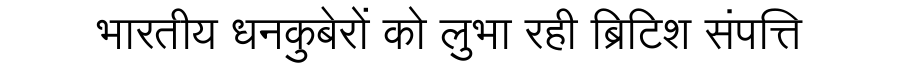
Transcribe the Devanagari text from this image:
भारतीय धनकुबेरों को लुभा रही ब्रिटिश संपत्ति